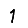
Digit: 1